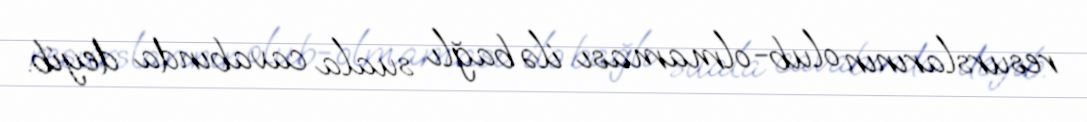
resurslarının olub-olmaması ilə bağlı suala cavabında deyib.